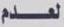
لعدم